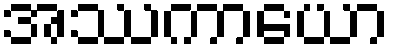
အဿကာယော